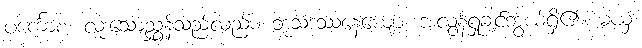
ပင်္ကောစ၊ လူးသောညွှန်သည်လည်း။ ဘုသံဒဿနေယျော၊ အလွန်ရှုချင်ဘွယ်ရှိ၏။ မယှံ၊